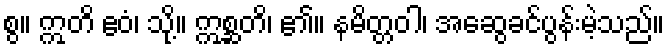
စွ။ ဣတိ ဧဝံ၊ သို့။ ဣစ္ဆတိ၊ ၏။ နမိတ္တဝါ၊ အဆွေခင်ပွန်းမဲ့သည်။